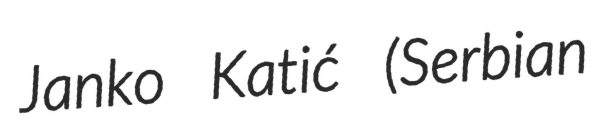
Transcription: Janko Katić (Serbian